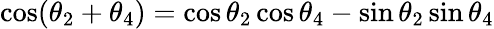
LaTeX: \cos(\theta_{2}+\theta_{4})=\cos\theta_{2}\cos\theta_{4}-\sin\theta_{2}\sin\theta_{4}